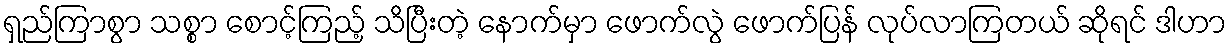
ရှည်ကြာစွာ သစ္စာ စောင့်ကြည့် သိပြီးတဲ့ နောက်မှာ ဖောက်လွဲ ဖောက်ပြန် လုပ်လာကြတယ် ဆိုရင် ဒါဟာ